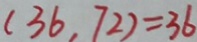
( 3 6 , 7 2 ) = 3 6